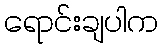
ရောင်းချပါက